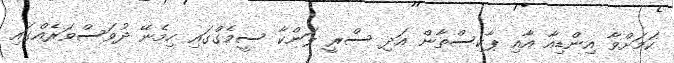
ކަމަށްވާ އިންޑިއާ އާއި ޕާކިސްތާން އަދި ސްރީ ލަންކާ ސީމެގްގައި ހިމެނޭ ދުވަސްވަރެއްގައި